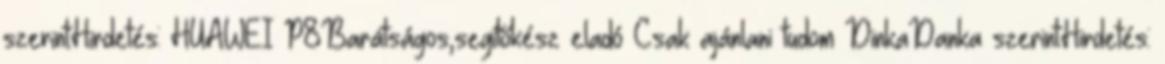
szerint:Hirdetés: HUAWEI P8Barátságos,segítőkész eladó Csak ajánlani tudom DinkaDanka szerint:Hirdetés: